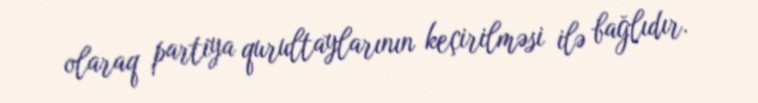
olaraq partiya qurultaylarının keçirilməsi ilə bağlıdır.